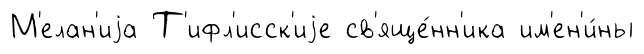
М'елан'иjа Т'ифл'исск'иjе св'яще́нн'ика им'ен'и́ны